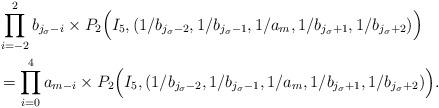
LaTeX: \begin{align*}&\prod_{i=-2}^2b_{j_\sigma-i} \times P_2\Big(I_5,(1/b_{j_\sigma-2},1/b_{j_\sigma-1},1/a_m,1/b_{j_\sigma+1},1/b_{j_\sigma+2})\Big)\\&=\prod_{i=0}^4 a_{m-i}\times P_2\Big(I_5,(1/b_{j_\sigma-2},1/b_{j_\sigma-1},1/a_m,1/b_{j_\sigma+1},1/b_{j_\sigma+2})\Big).\end{align*}